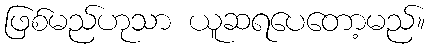
ဖြစ်မည်ဟုသာ ယူဆရပေတော့မည်။